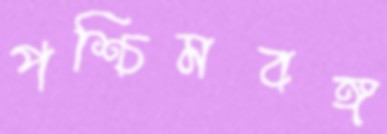
পশ্চিমবঙ্গ